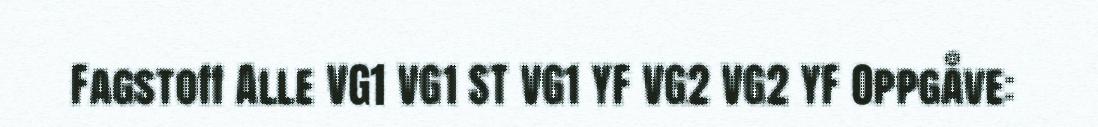
Fagstoff Alle VG1 VG1 ST VG1 YF VG2 VG2 YF Oppgåve: